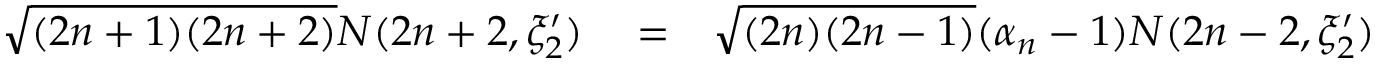
\begin{array} { r l r } { \sqrt { ( 2 n + 1 ) ( 2 n + 2 ) } N ( 2 n + 2 , \xi _ { 2 } ^ { \prime } ) } & { { } = } & { \sqrt { ( 2 n ) ( 2 n - 1 ) } ( \alpha _ { n } - 1 ) N ( 2 n - 2 , \xi _ { 2 } ^ { \prime } ) } \end{array}